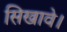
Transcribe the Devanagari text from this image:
सिखावे।